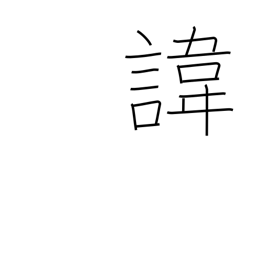
Meaning: posthumous (real) name